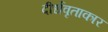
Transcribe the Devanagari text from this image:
दीर्धवृताकार